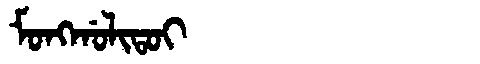
Manchu: ᠮᠣᠩᡤᠣᠯᡳᡨᠣᡳ
Romanization: MONGGOLITOI